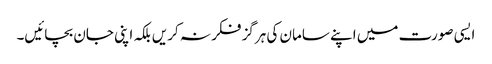
ایسی صورت میں اپنے سامان کی ہرگز فکر نہ کریں بلکہ اپنی جان بچائیں۔